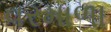
વરમાળા